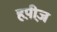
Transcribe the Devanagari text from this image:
हप़ीज़